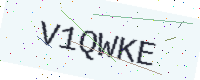
Text: V1QWKE